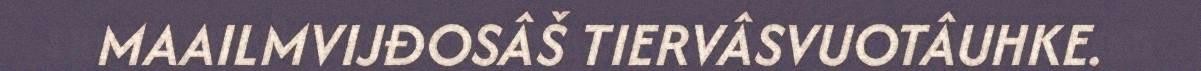
MAAILMVIJĐOSÂŠ TIERVÂSVUOTÂUHKE.